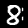
Digit: 8